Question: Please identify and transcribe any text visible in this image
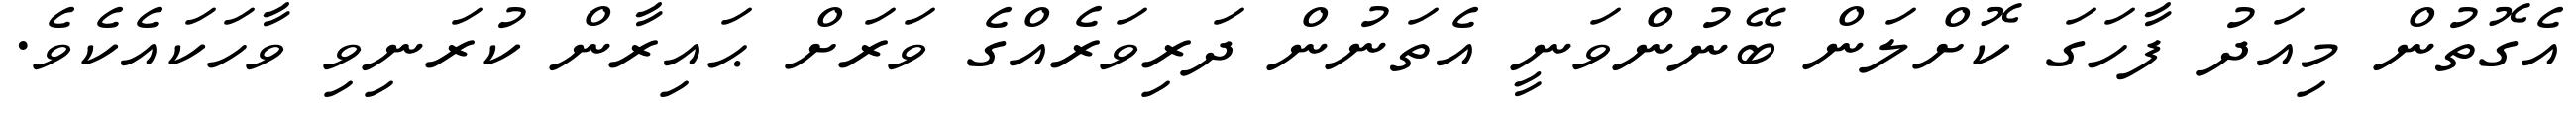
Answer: އެގޮތުން މިއަދު ފާހަގަ ކޮށްލަން ބޭނުންވަނީ އެތަނުން ދަރިވަރެއްގެ ވަރަށް ޙައިރާން ކުރަނިވި ވާހަކައެކެވެ.